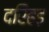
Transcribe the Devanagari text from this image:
दरिहड़